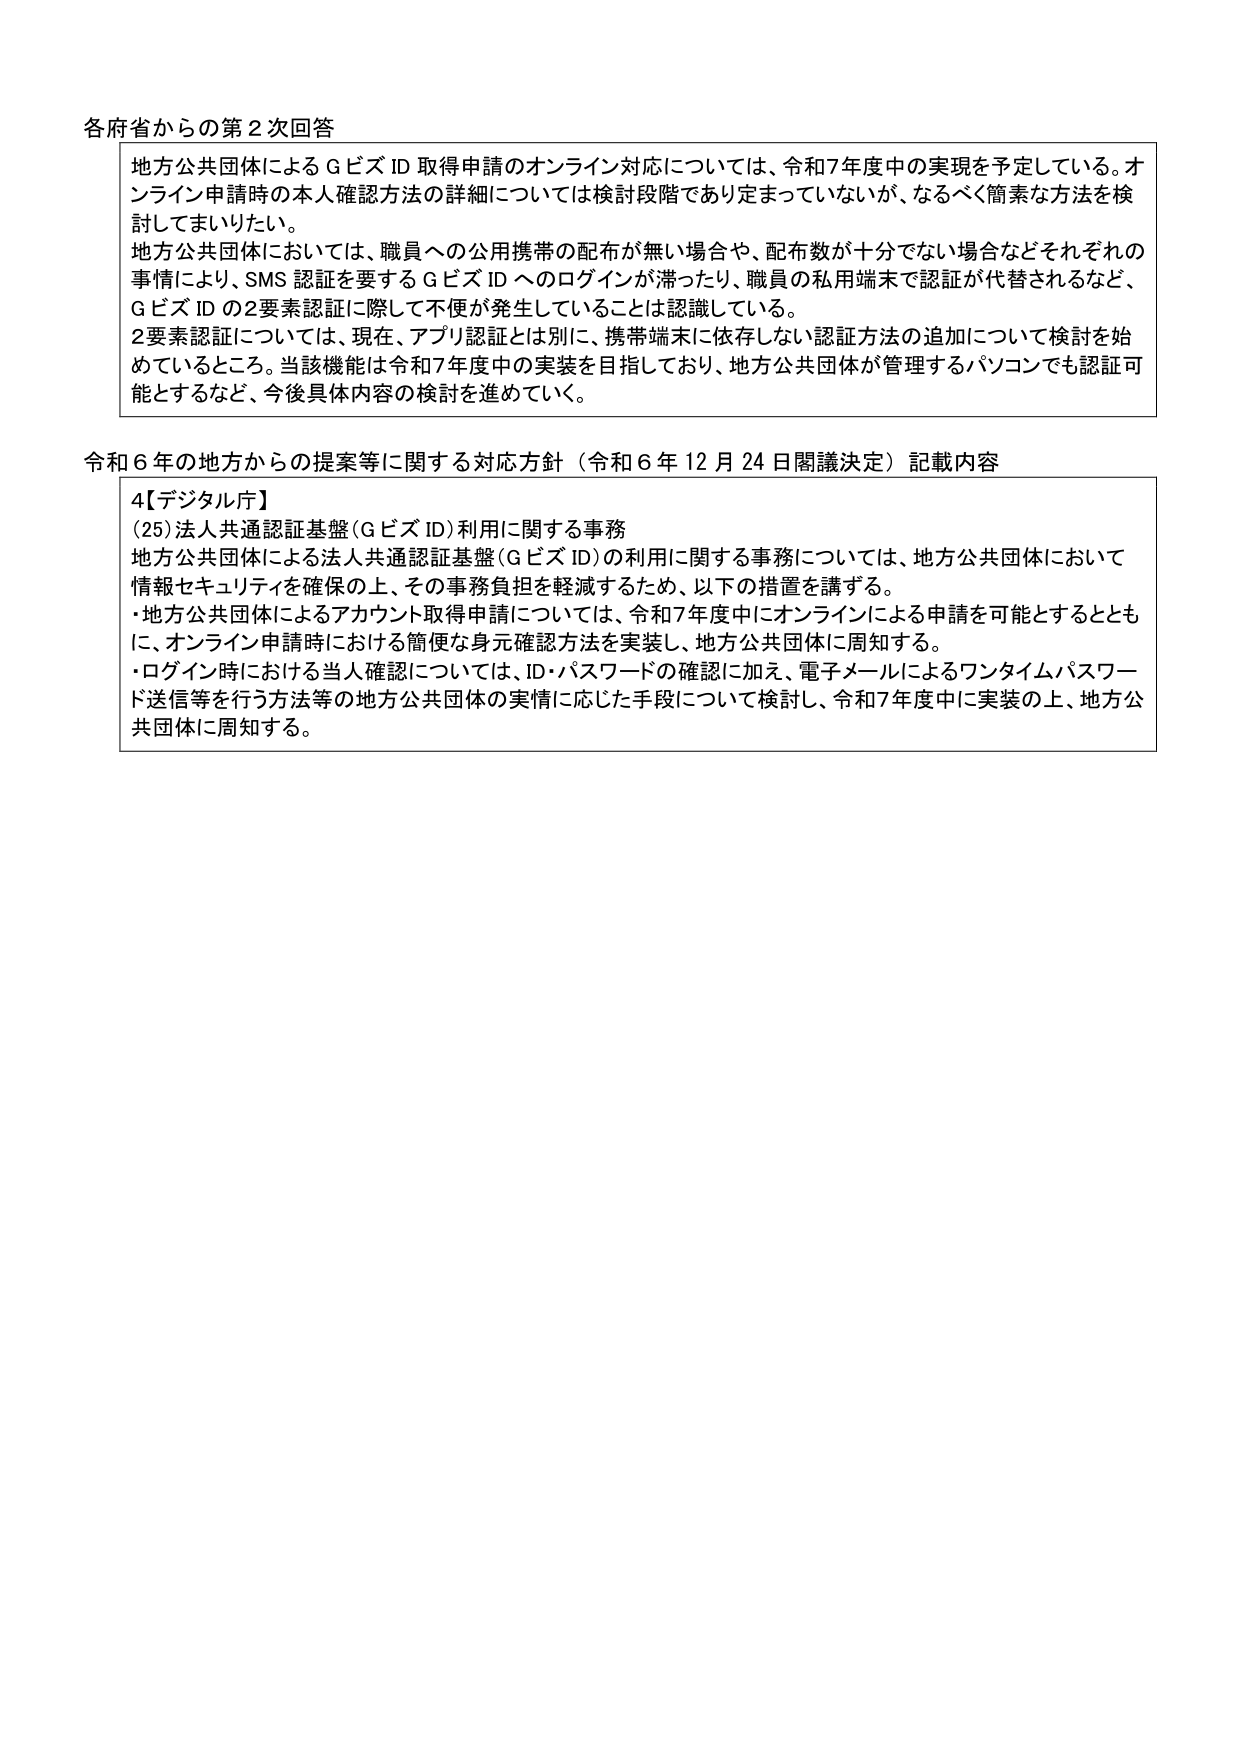
各府省からの第2次回答

地方公共団体によるGビズID取得申請のオンライン対応については、令和7年度中の実現を予定している。オンライン申請時の本人確認方法の詳細については検討段階であり定まっていないが、なるべく簡素な方法を検討してまいりたい。

地方公共団体においては、職員への公用携帯の配布が無い場合や、配布数が十分でない場合などそれぞれの事情により、SMS認証を要するGビズIDへのログインが滞ったり、職員の私用端末で認証が代替されるなど、GビズIDの2要素認証に際して不便が発生していることは認識している。

2要素認証については、現在、アプリ認証とは別に、携帯端末に依存しない認証方法の追加について検討を始めているところ。当該機能は令和7年度中の実装を目指しており、地方公共団体が管理するパソコンでも認証可能とするなど、今後具体内容の検討を進めていく。

令和6年の地方からの提案等に関する対応方針（令和6年12月24日閣議決定）記載内容

4【デジタル庁】
(25)法人共通認証基盤（GビズID）利用に関する事務
地方公共団体による法人共通認証基盤（GビズID）の利用に関する事務については、地方公共団体において情報セキュリティを確保の上、その事務負担を軽減するため、以下の措置を講ずる。
・地方公共団体によるアカウント取得申請については、令和7年度中にオンラインによる申請を可能とするとともに、オンライン申請時における簡便な身元確認方法を実装し、地方公共団体に周知する。
・ログイン時における当人確認については、ID・パスワードの確認に加え、電子メールによるワンタイムパスワード送信等を行う方法等の地方公共団体の実情に応じた手段について検討し、令和7年度中に実装の上、地方公共団体に周知する。